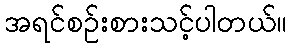
အရင်စဉ်းစားသင့်ပါတယ်။